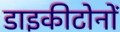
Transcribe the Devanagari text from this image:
डाइकीटोनों